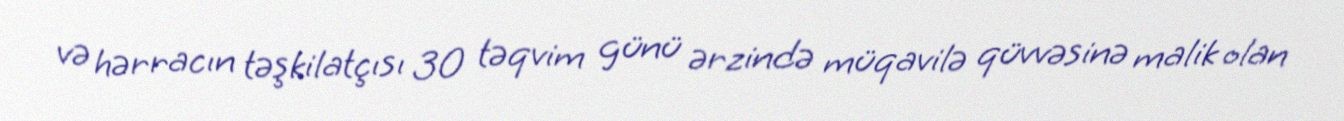
və hərracın təşkilatçısı 30 təqvim günü ərzində müqavilə qüvvəsinə malik olan